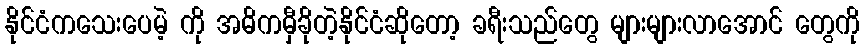
နိုင်ငံကသေးပေမဲ့ ကို အဓိကမှီခိုတဲ့နိုင်ငံဆိုတော့ ခရီးသည်တွေ များများလာအောင် တွေကို